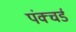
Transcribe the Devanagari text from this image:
पंक्चर्ड